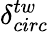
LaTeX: \delta_{circ}^{tw}